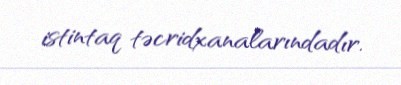
istintaq təcridxanalarındadır.